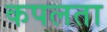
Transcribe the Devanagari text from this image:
कपलता